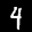
Label: 4